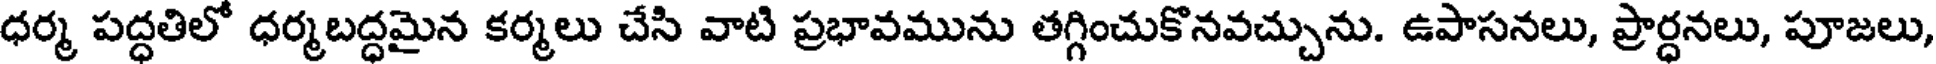
ధర్మ పద్ధతిలో ధర్మబద్ధమైన కర్మలు చేసి వాటి ప్రభావమును తగ్గించుకొనవచ్చును. ఉపాసనలు, ప్రార్ధనలు, పూజలు,